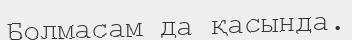
Болмасам да қасында.